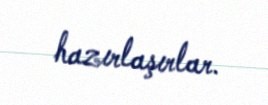
hazırlaşırlar.